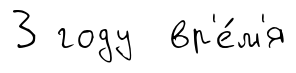
3 году вр'е́м'я